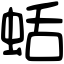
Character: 蛞